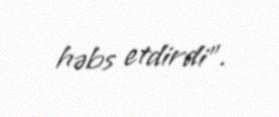
həbs etdirdi".